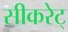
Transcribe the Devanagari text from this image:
सीकरेट्